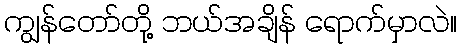
ကျွန်တော်တို့ ဘယ်အချိန် ရောက်မှာလဲ။